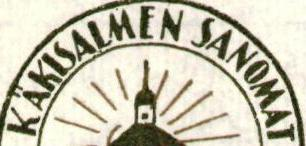
KÄKISALMEN SANOMAT